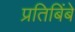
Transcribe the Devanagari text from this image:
प्रतिबिंबे